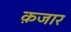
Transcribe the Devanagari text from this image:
क़जार